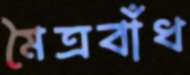
মৈত্রবাঁধ